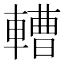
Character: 𨎝